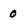
Character: 0